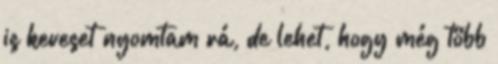
is keveset nyomtam rá, de lehet, hogy még több